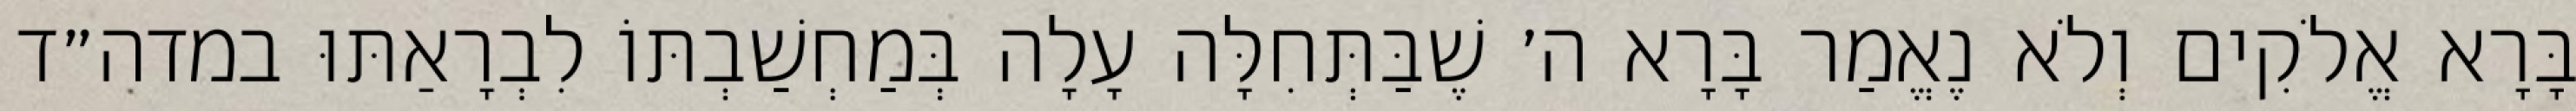
בָּרָא אֱלֹקִים וְלֹא נֶאֱמַר בָּרָא ה׳ שֶׁבַּתְּחִלָּה עָלָה בְּמַחְשַׁבְתּוֹ לִבְרָאַתּוּ במדה״ד